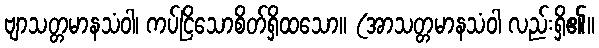
ဗျာသတ္တမာနသံဝါ၊ ကပ်ငြိသောစိတ်ရှိထသော။ (အာသတ္တမာနသံဝါ လည်းရှိ၏။